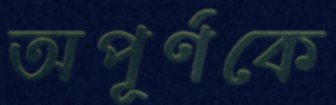
অপূর্ণকে